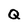
Character: Q